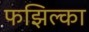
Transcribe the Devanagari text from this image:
फझिल्का